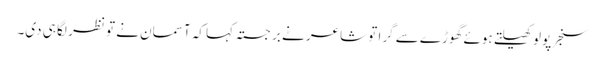
سنجر پولو کھیلتے ہوئے گھوڑے سے گرا تو شاعر نے برجستہ کہا کہ آسمان نے تو نظر لگا ہی دی۔